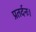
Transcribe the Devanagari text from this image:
प्रतर्दनः।